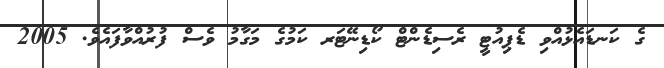
ގެ ކަނޑައެޅުއްވި ޑެޕިއުޓީ ރެސިޑެންޓް ކޯޑިނޭޓަރ ކަމުގެ މަގާމު ވެސް ފުރުއްވާފައެވެ. 2005